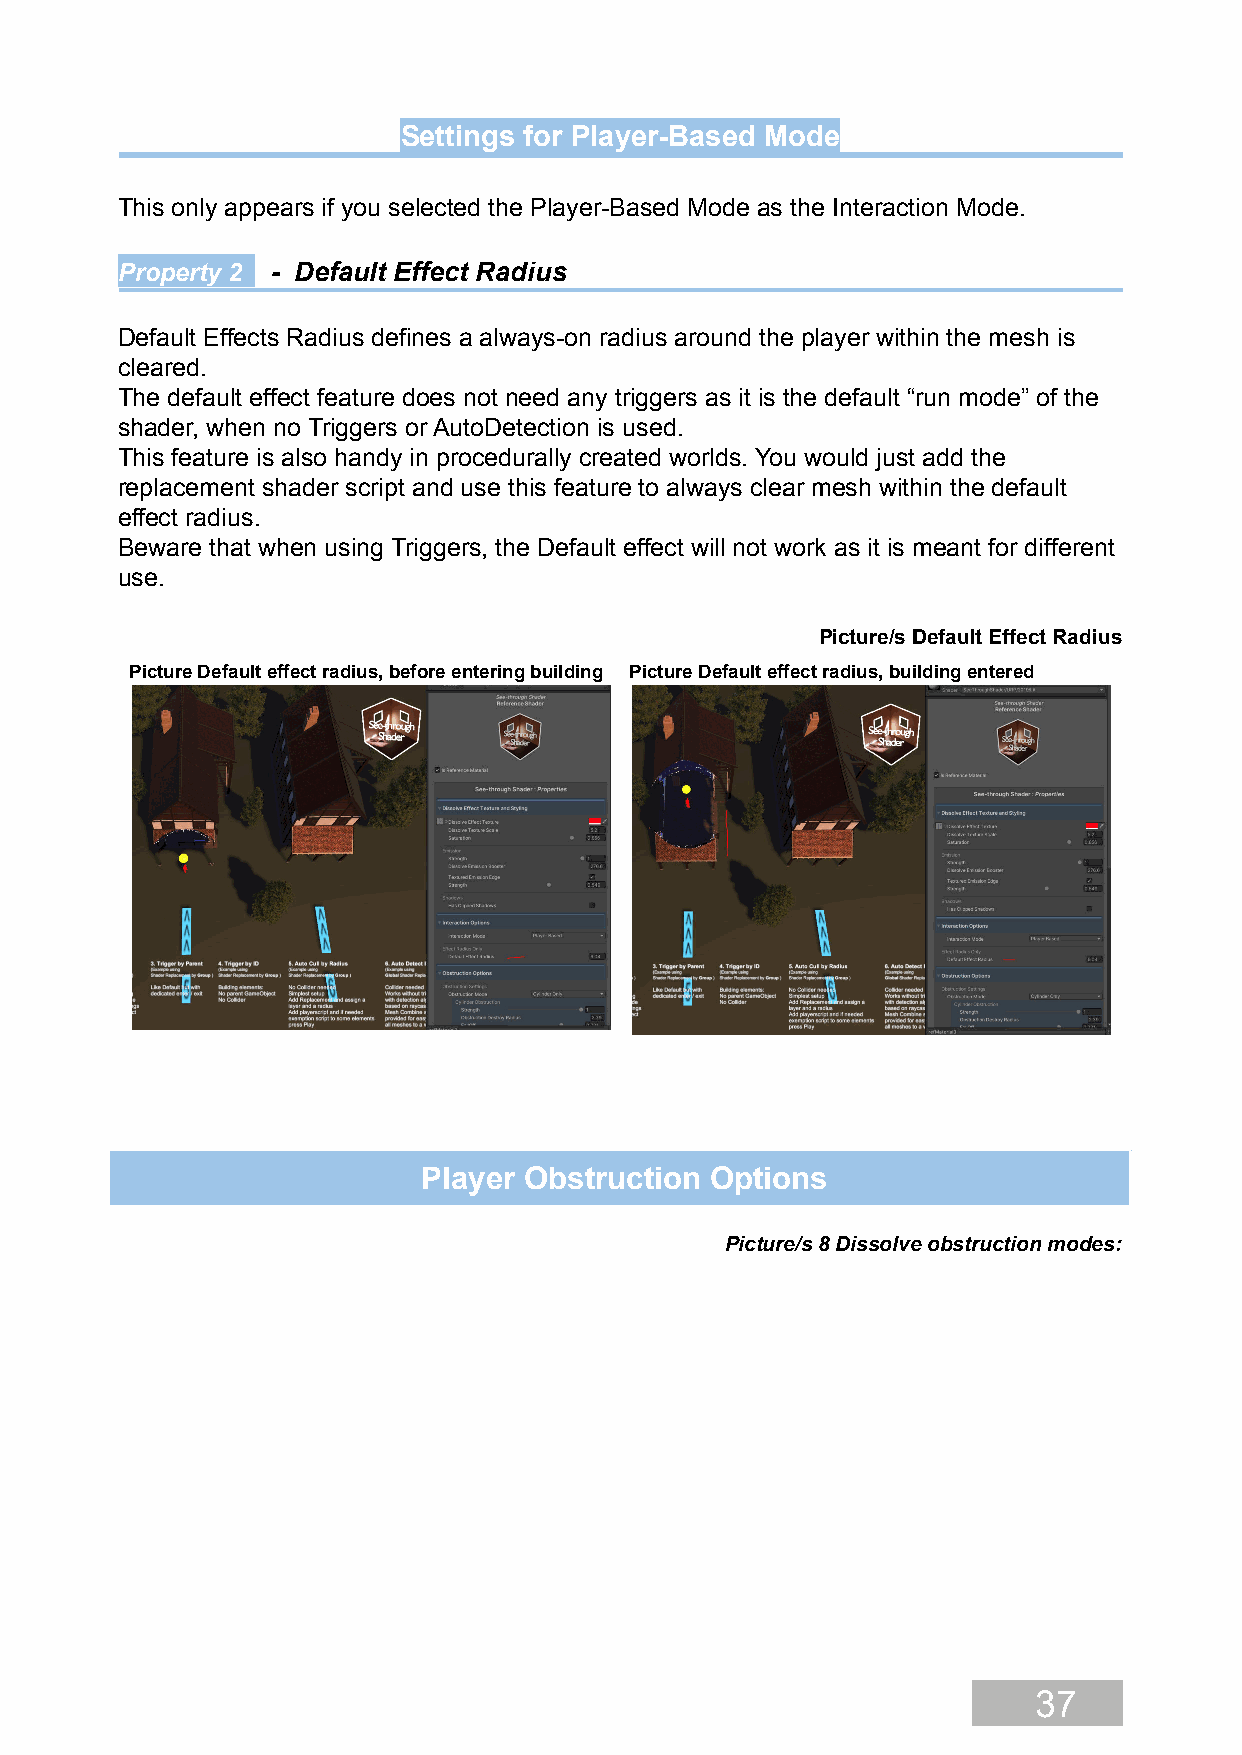
Settings for Player-Based Mode
 This only appears if you selected the Player-Based Mode as the Interaction Mode.
 Property 2 - Default Effect Radius
 Default Effects Radius defines a always-on radius around the player within the mesh is
 cleared.
 The default effect feature does not need any triggers as it is the default “run mode” of the
 shader, when no Triggers or AutoDetection is used.
 This feature is also handy in procedurally created worlds. You would just add the
 replacement shader script and use this feature to always clear mesh within the default
 effect radius.
 Beware that when using Triggers, the Default effect will not work as it is meant for different
 use.
 Picture/s Default Effect Radius
 Picture Default effect radius, before entering building Picture Default effect radius, building entered
 Player Obstruction Options
 Picture/s 8 Dissolve obstruction modes:
 37